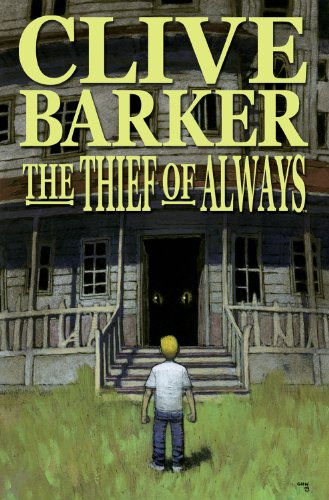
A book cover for Thief of Always; Clive Barker; Comics & Graphic Novels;